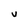
Character: V